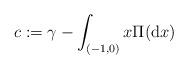
LaTeX: \begin{align*}c:=\gamma-\int_{(-1,0)} x\Pi(\mathrm{d}x) \end{align*}